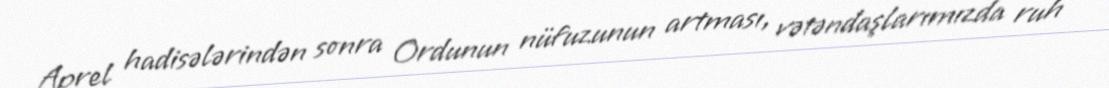
Aprel hadisələrindən sonra Ordunun nüfuzunun artması, vətəndaşlarımızda ruh